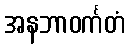
အနဘာဝင်္ကတံ